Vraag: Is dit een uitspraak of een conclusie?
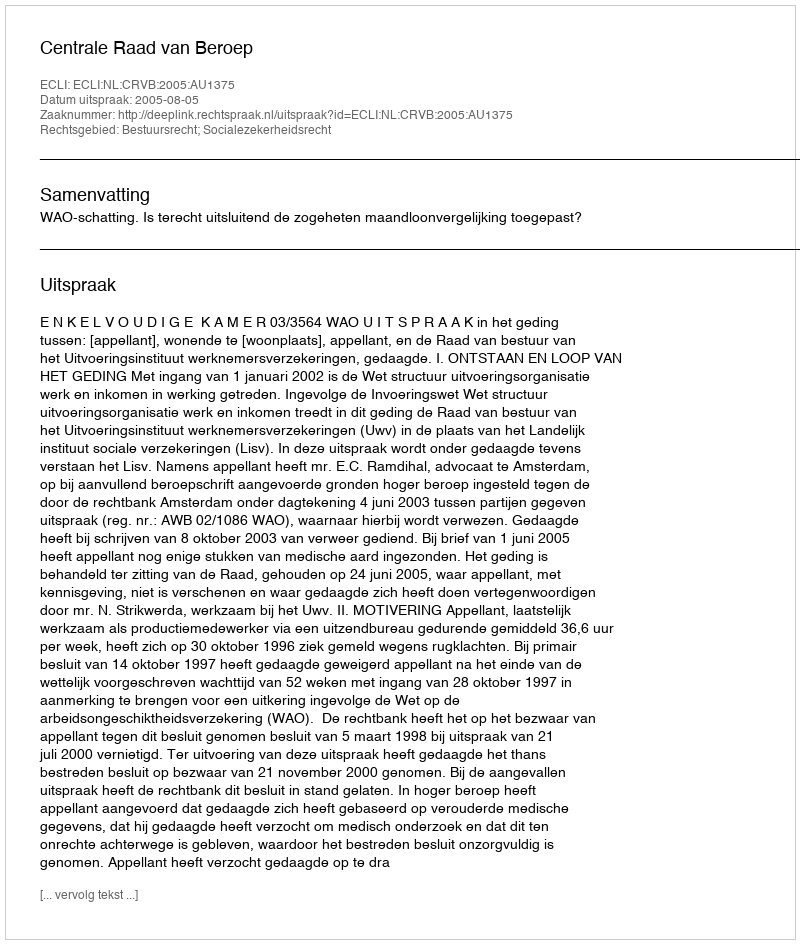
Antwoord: Uitspraak